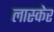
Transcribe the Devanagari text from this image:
लास्केर